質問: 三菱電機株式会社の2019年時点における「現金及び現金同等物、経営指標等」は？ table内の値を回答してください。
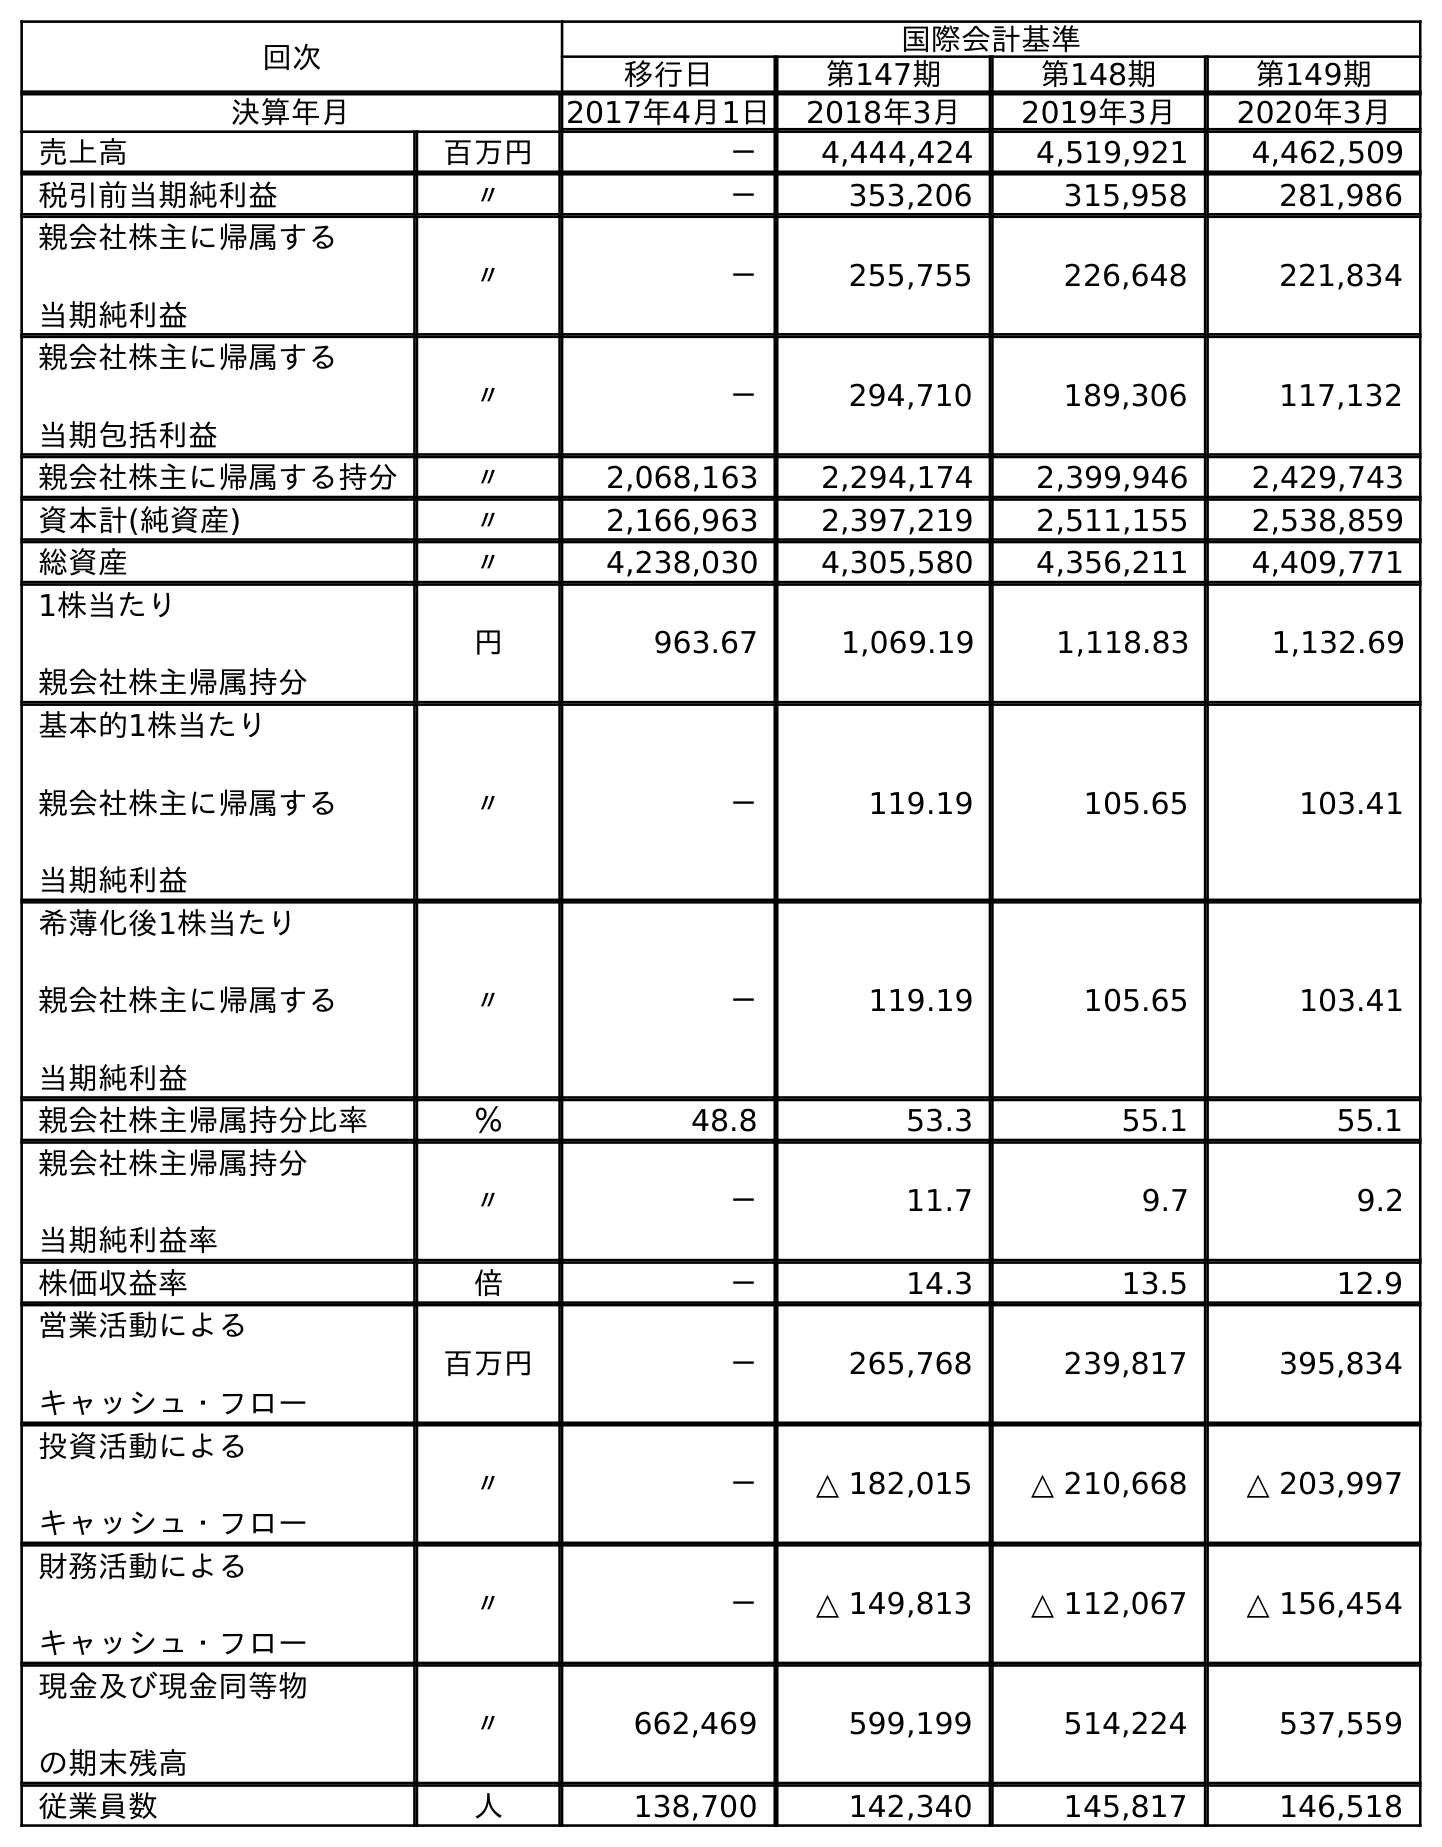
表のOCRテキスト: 回次 国際会計基準 移行日 第147期 第148期 第149期 決算年月 2017年4月1日 2018年3月 2019年3月 2020年3月 売上高 百万円 － 4,444,424 4,519,921 4,462,509 税引前当期純利益 〃 － 353,206 315,958 281,986 親会社株主に帰属する 当期純利益 〃 － 255,755 226,648 221,834 親会社株主に帰属する 当期包括利益 〃 － 294,710 189,306 117,132 親会社株主に帰属する持分 〃 2,068,163 2,294,174 2,399,946 2,429,743 資本計(純資産) 〃 2,166,963 2,397,219 2,511,155 2,538,859 総資産 〃 4,238,030 4,305,580 4,356,211 4,409,771 1株当たり 親会社株主帰属持分 円 963.67 1,069.19 1,118.83 1,132.69 基本的1株当たり 親会社株主に帰属する 当期純利益 〃 － 119.19 105.65 103.41 希薄化後1株当たり 親会社株主に帰属する 当期純利益 〃 － 119.19 105.65 103.41 親会社株主帰属持分比率 ％ 48.8 53.3 55.1 55.1 親会社株主帰属持分 当期純利益率 〃 － 11.7 9.7 9.2 株価収益率 倍 － 14.3 13.5 12.9 営業活動による キャッシュ・フロー 百万円 － 265,768 239,817 395,834 投資活動による キャッシュ・フロー 〃 － △ 182,015 △ 210,668 △ 203,997 財務活動による キャッシュ・フロー 〃 － △ 149,813 △ 112,067 △ 156,454 現金及び現金同等物 の期末残高 〃 662,469 599,199 514,224 537,559 従業員数 人 138,700 142,340 145,817 146,518
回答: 514,224